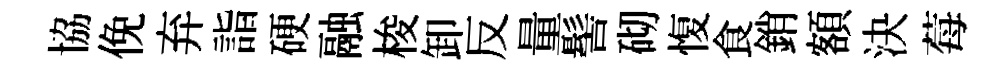
協俛弃詣硬融梭卸反量髻砌愎食銷額決莓